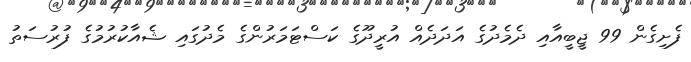
ފެށިގެން 99 ޖީބީއާއި ދެމެދުގެ އަދަދެއް އުރީދޫގެ ކަސްޓަމަރުންގެ މެދުގައި ޝެއާކުރުމުގެ ފުރުސަތު